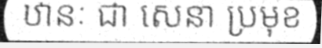
ឋានៈ ជា សេនា ប្រមុខ